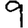
Digit: 9